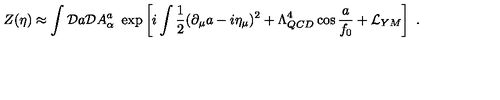
Z ( \eta ) \approx \int { \cal D } a { \cal D } A _ { \alpha } ^ { a } \ \exp \left[ i \int { \frac { 1 } { 2 } } ( \partial _ { \mu } a - i \eta _ { \mu } ) ^ { 2 } + \Lambda _ { Q C D } ^ { 4 } \cos { \frac { a } { f _ { 0 } } } + { \cal L } _ { Y M } \right] \ .